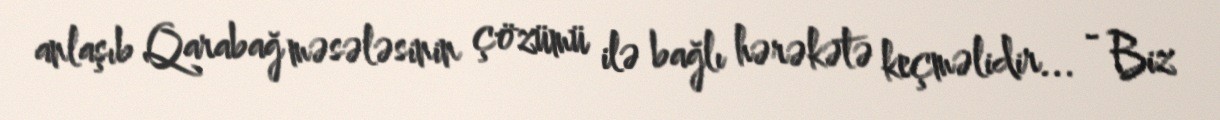
anlaşıb Qarabağ məsələsinin çözümü ilə bağlı hərəkətə keçməlidir... - Biz